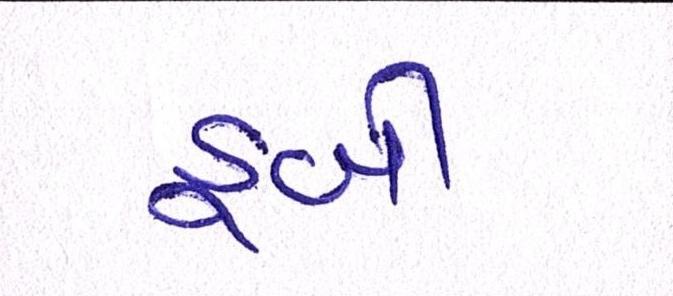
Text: ડૂબી